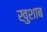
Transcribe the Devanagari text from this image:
खुशाब